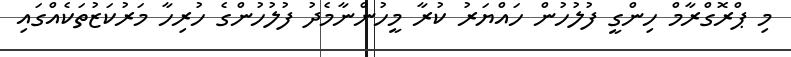
މި ޕްރޮގްރާމް ހިންގީ ފުލުހުން ހައްޔަރު ކުރާ މީހުންނާމެދު ފުލުހުންގެ ހުރިހާ މަރުކަޒުތަކެއްގައި